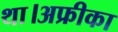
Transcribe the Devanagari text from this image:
था।अफ्रीका